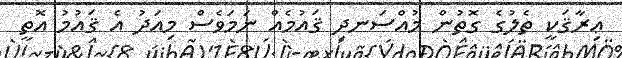
ޢިރާޤަކީ ތެލުގެ ގޮތުން މުއްސަނދި ޤައުމެއް ނަމަވެސް މިއަދު އެ ޤައުމު އޮތީ